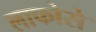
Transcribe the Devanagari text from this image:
लाफोसे